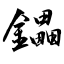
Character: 鑘